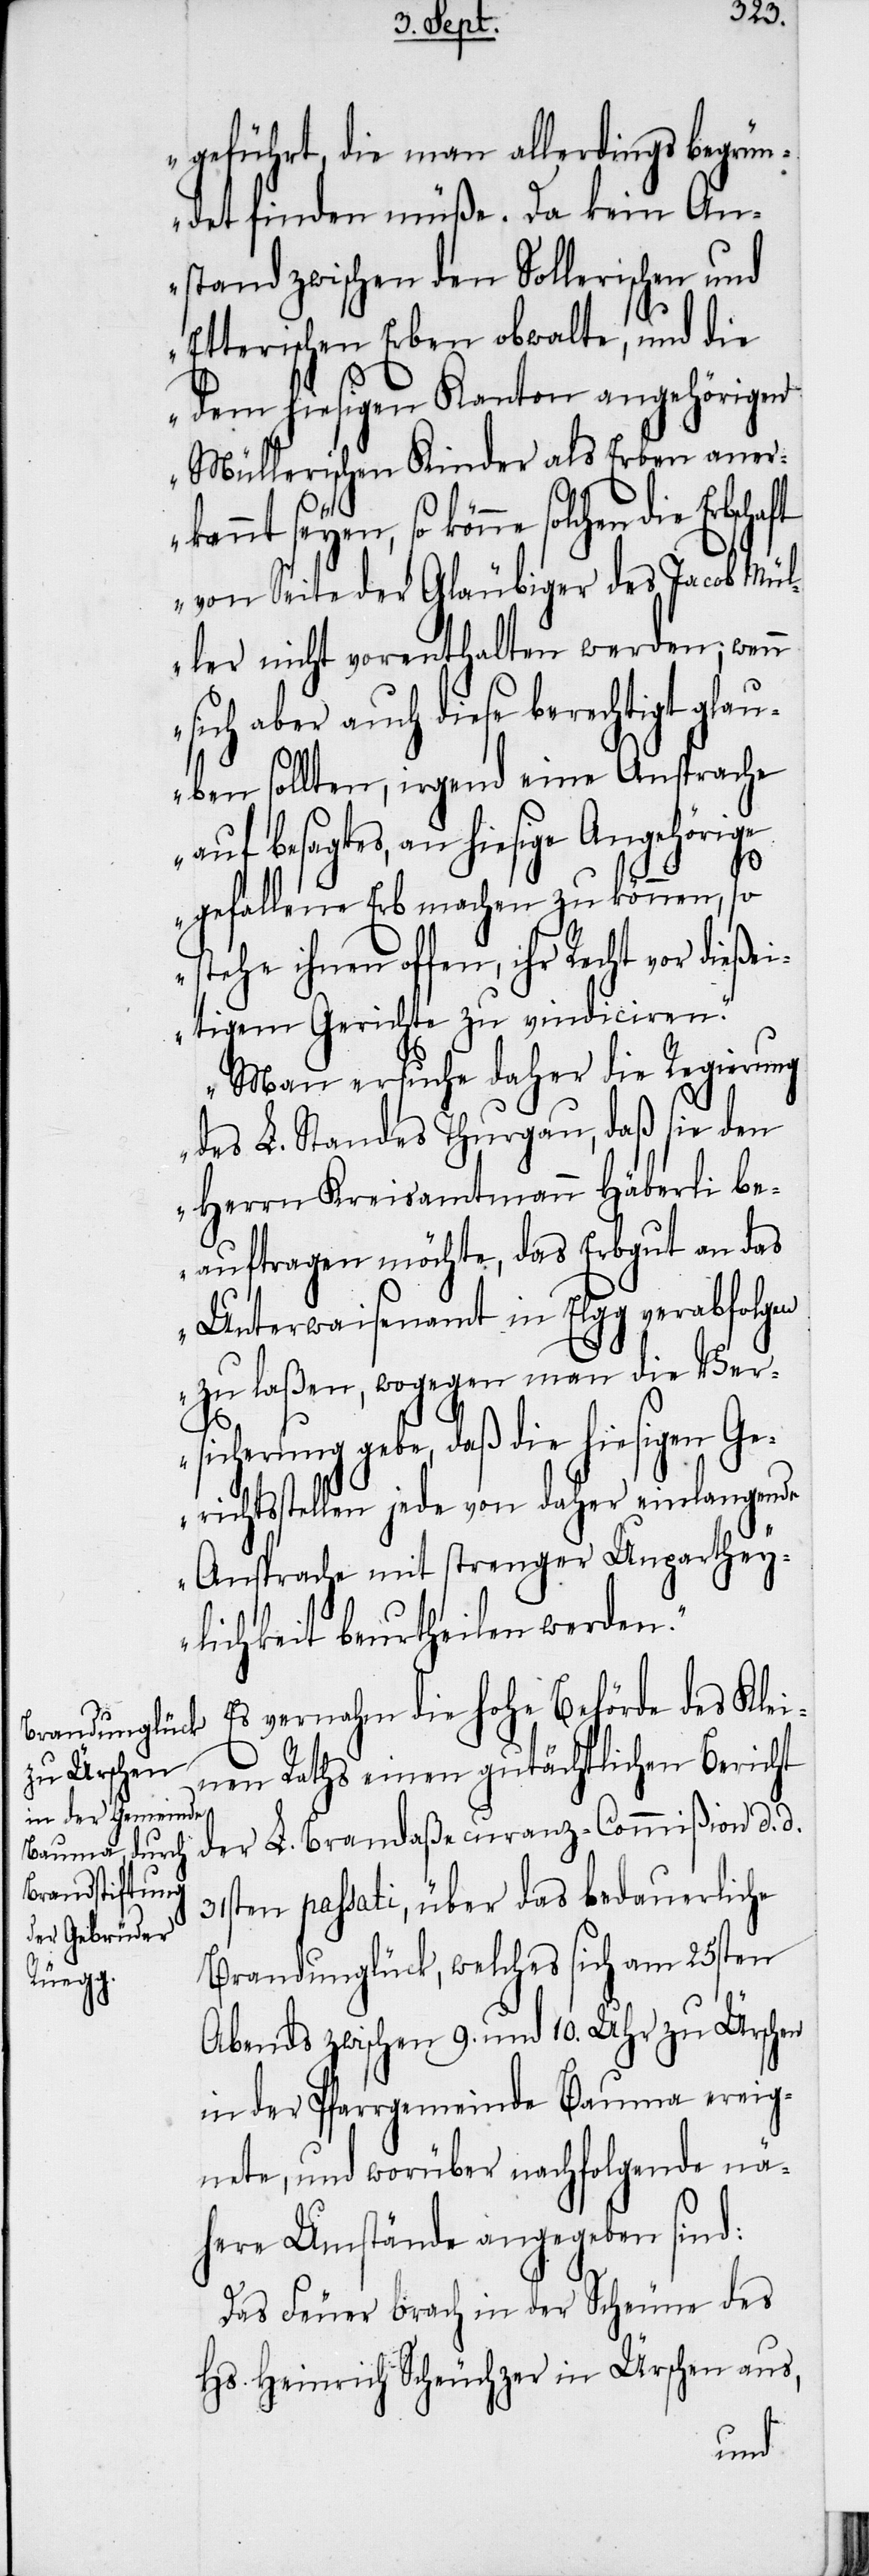
geführt, die man allerdings begrün¬
det finden müße. Da kein An¬
stand zwischen den Sollerischen und
Etterischen Erben obwalte, und die
dem hiesigen Kanton angehörigen
Müllerischen Kinder als Erben aner¬
kannt seyen, so könne solchen die Erbschaft
von Seite der Gläubiger des Jacob Mül¬
ler nicht vorenthalten werden, wenn
sich aber auch diese berechtigt glau¬
ben sollten, irgend eine Ansprache
auf besagtes, an hiesige Angehörige
gefallene Erb machen zu können, so
stehe ihnen offen, ihr Recht vor dieße¬
itigem Gerichte zu vindiciren.“
„Man ersuche daher die Regierung
des L. Standes Thurgau, daß sie den
Herrn Kreisamtmann Häberli be¬
auftragen möchte, das Erbgut an das
Unterwaisenamt in Elgg verabfolgen
zu laßen, wogegen man die Ver¬
sicherung gebe, daß die hiesigen Ge¬
richtsstellen jede von daher einlangende
Ansprache mit strenger Unparthey¬
lichkeit beurtheilen werden.“
Es vernahm die hohe Behörde des Klei¬
nen Raths einen gutächtlichen Bericht
der L. Brandaßecuranz-Commißion d. d.
31sten passati, über das bedauerliche
Brandunglück, welches sich am 25sten
Abends zwischen 9. und 10. Uhr zu Ürschen
in der Pfarrgemeinde Bauma ereig¬
nete, und worüber nachfolgende nä¬
here Umstände angegeben sind:
Das Feuer brach in der Scheune des
Hs. Heinrich Scheuchzer in Ürschen aus,